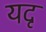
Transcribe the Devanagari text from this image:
यदृ